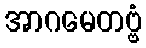
အာဂမေတဗ္ဗံ